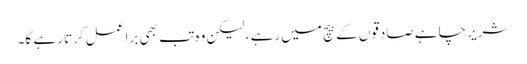
شریر چاہے صادقوں کے بیچ میں رہے ، لیکن وہ تب بھی برا عمل کرتا رہے گا۔